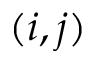
( i , j )